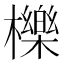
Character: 櫟